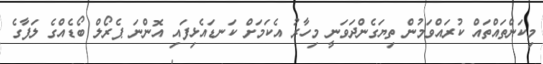
މިކަންތައްތައް ކުރައްވަމުން ތިޔަގެންދަވަނީ މިހާރު އެކަމަށް ކަނޑައެޅިފައި އޮންނަ ޕެރޯލް ބޯޑެއްގެ ލަފާގެ